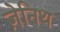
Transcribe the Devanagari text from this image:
ज़ेनिथ